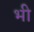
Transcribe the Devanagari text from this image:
भी